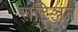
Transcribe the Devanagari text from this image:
राटिञ्जन